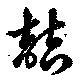
喆